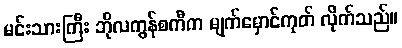
မင်းသားကြီး ဘိုလကွန်စကီက မျက်မှောင်ကုတ် လိုက်သည်။